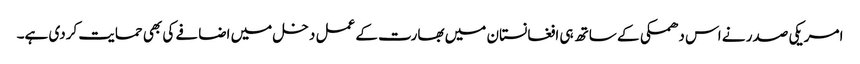
امریکی صدر نے اس دھمکی کے ساتھ ہی افغانستان میں بھارت کے عمل دخل میں اضافے کی بھی حمایت کردی ہے۔